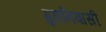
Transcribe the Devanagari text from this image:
गुहानिवासी